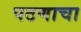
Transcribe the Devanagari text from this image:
पठणाचा